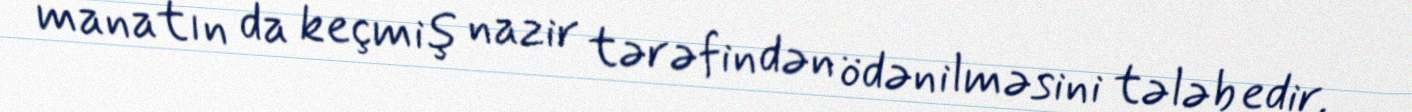
manatın da keçmiş nazir tərəfindən ödənilməsini tələb edir.